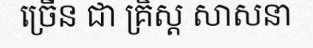
ច្រើន ជា គ្រិស្ត សាសនា